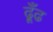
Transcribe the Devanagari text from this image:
ढ़ूँढ